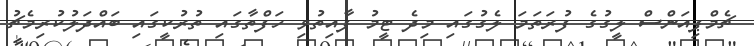
ޗެމްޕިއަންސް ލީގުގެ ފުރަތަމަ ލެގުގައި މިދެ ޓީމު ފާއިތުވި ހަފްތާގައި ތުރުކީގައި ބައްދަލުކުރިމެޗު